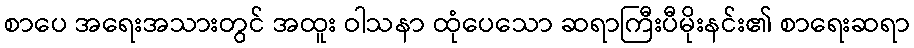
စာပေ အရေးအသားတွင် အထူး ဝါသနာ ထုံပေသော ဆရာကြီးပီမိုးနင်း၏ စာရေးဆရာ